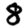
Digit: 8